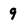
Character: 9